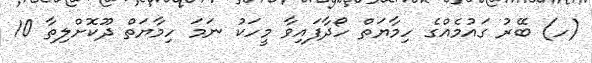
(ހ) ބޭރު ގައުމެއްގެ ހިމާޔަތް ހޯދާފައިވާ މީހަކު ނަމަ ހިމާޔަތް ދޫކޮށްލިތާ 10